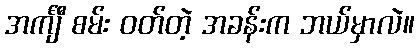
အင်္ကျီ စမ်း ဝတ်တဲ့ အခန်းက ဘယ်မှာလဲ။